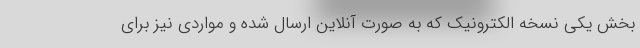
بخش یکی نسخه الکترونیک که به صورت آنلاین ارسال شده و مواردی نیز برای